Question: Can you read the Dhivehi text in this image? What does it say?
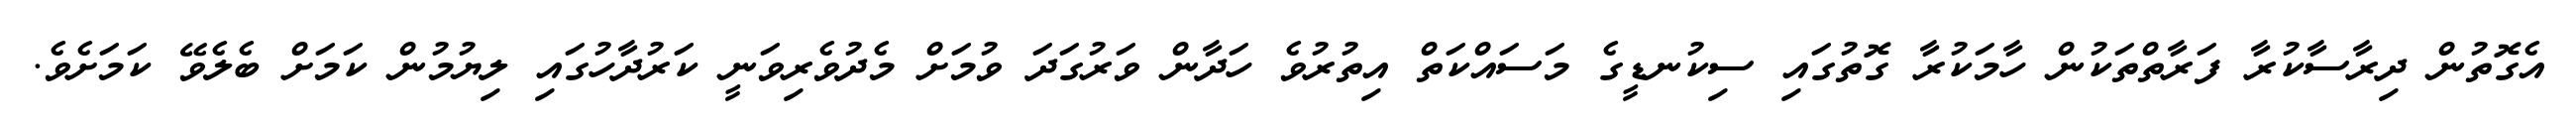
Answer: އެގޮތުން ދިރާސާކުރާ ފަރާތްތަކުން ހާމަކުރާ ގޮތުގައި ސިކުނޑީގެ މަސައްކަތް އިތުރުވެ ހަދާން ވަރުގަދަ ވުމަށް މެދުވެރިވަނީ ކަރުދާހުގައި ލިޔުމުން ކަމަށް ބެލެވޭ ކަމަށެވެ.